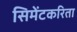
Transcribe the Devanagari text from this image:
सिमेंटकरिता